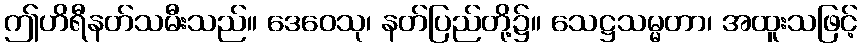
ဤဟိရီနတ်သမီးသည်။ ဒေဝေသု၊ နတ်ပြည်တို့၌။ သေဋ္ဌသမ္မတာ၊ အထူးသဖြင့်